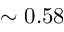
\sim 0 . 5 8